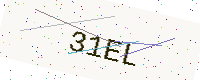
Text: 31EL